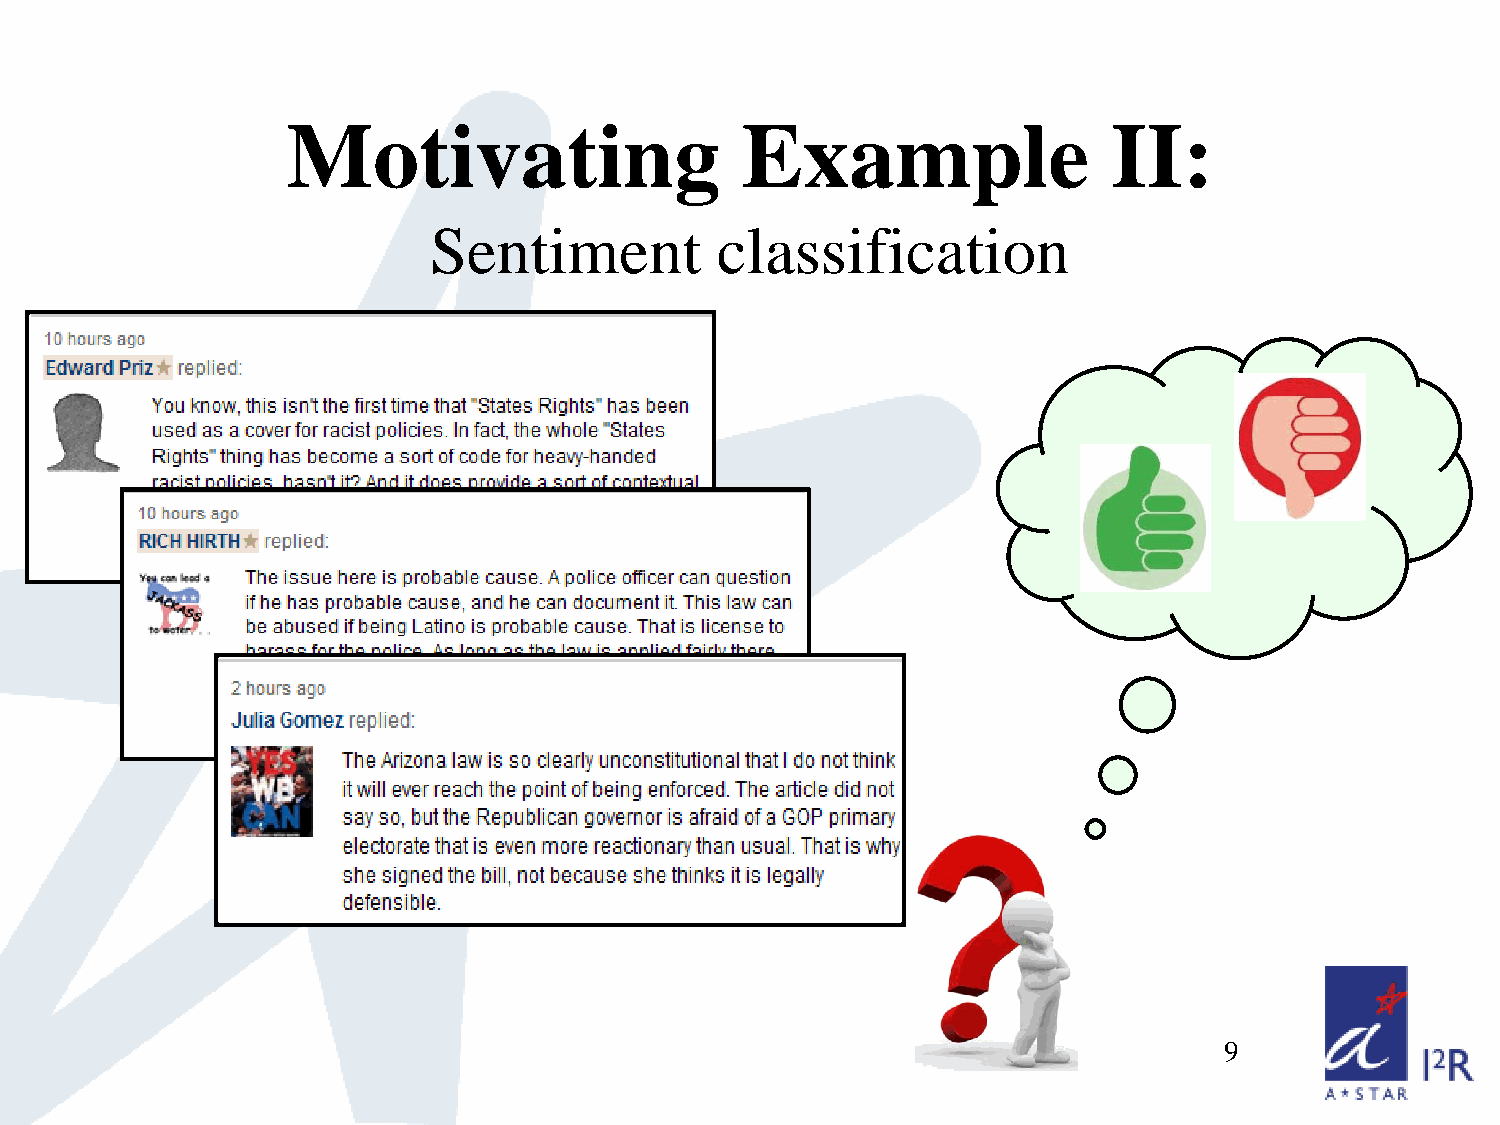
Motivating                    Example                  II:
 Sentiment          classification
 9